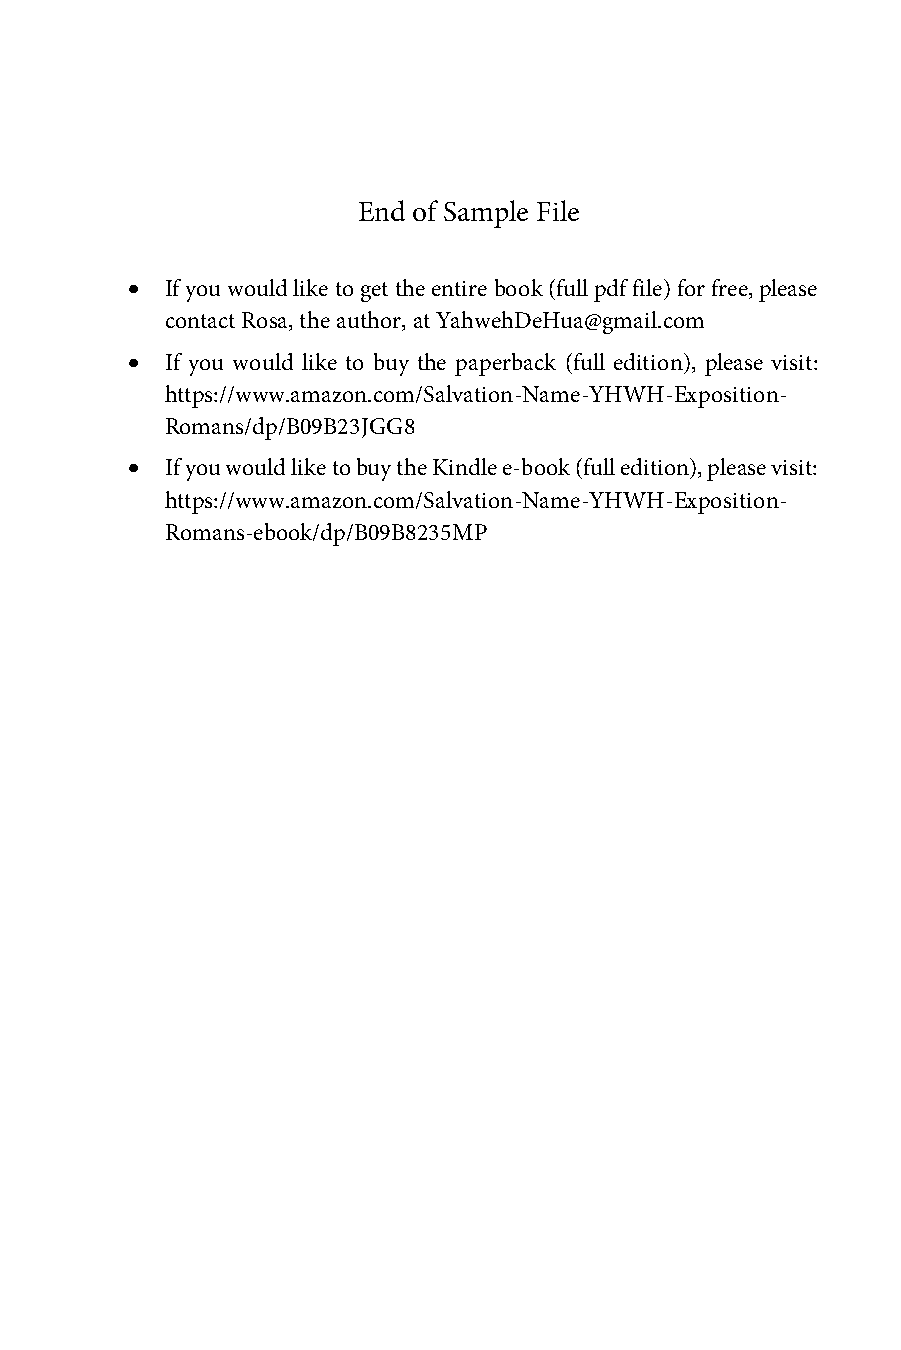
End of Sample File
 •  If you would like to get the entire book (full pdf file) for free, please
 contact Rosa, the author, at YahwehDeHua@gmail.com
 •  If you would like to buy the paperback (full edition), please visit:
 https://www.amazon.com/Salvation-Name-YHWH-Exposition-
 Romans/dp/B09B23JGG8
 •  If you would like to buy the Kindle e-book (full edition), please visit:
 https://www.amazon.com/Salvation-Name-YHWH-Exposition-
 Romans-ebook/dp/B09B8235MP